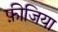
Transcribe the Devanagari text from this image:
फ़ीजिया